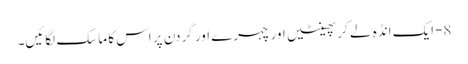
8-ایک انڈہ لے کر پھینٹیں اور چہرے اور گردن پر اس کا ماسک لگائیں۔